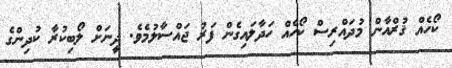
ކޯހެއް ޤުރްއާން މުދައްރިސް ކޯހެއް ހަދާލައިގެން ފަރު ޖައްސާލުމެވެ. ދީނަށް ލޯބިކުރާ ކުދިންގެ